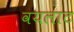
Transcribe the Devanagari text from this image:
वयलाट